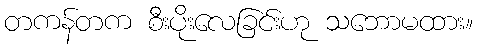
တကန်တက စီးပိုးလေခြင်းဟု သဘောမထား။